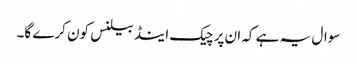
سوال یہ ہے کہ ان پر چیک اینڈ بیلنس کون کرے گا۔